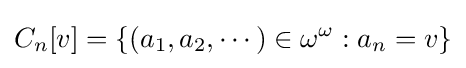
C_{n}[v]=\{(a_{1},a_{2},\cdots )\in \omega ^{\omega }:a_{n}=v\}